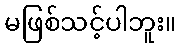
မဖြစ်သင့်ပါဘူး။